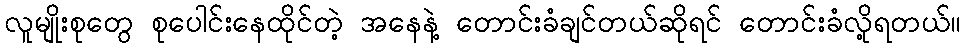
လူမျိုးစုတွေ စုပေါင်းနေထိုင်တဲ့ အနေနဲ့ တောင်းခံချင်တယ်ဆိုရင် တောင်းခံလို့ရတယ်။